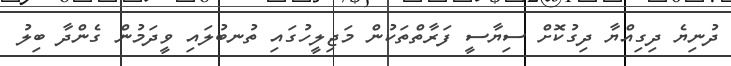
ދުނިޔެ ދިގިއްޔާ ދިގުކޮށް ސިޔާސީ ފަރާތްތަކުން މަޖިލީހުގައި ތުނބުލައި ވީދަމުން ގެންދާ ބިލު